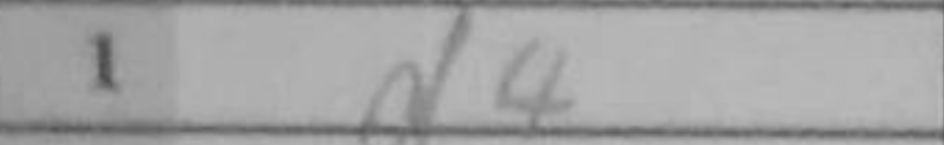
Transcription: d4